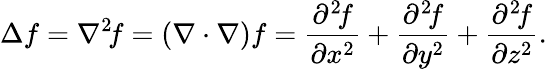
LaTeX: \Delta f=\nabla^{2}\! f=(\nabla\cdot\nabla)f={\frac{\partial^{2}\! f}{\partial x^{2}}}+{\frac{\partial^{2}\! f}{\partial y^{2}}}+{\frac{\partial^{2}\! f}{\partial z^{2}}}.